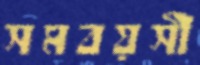
সমবয়সী